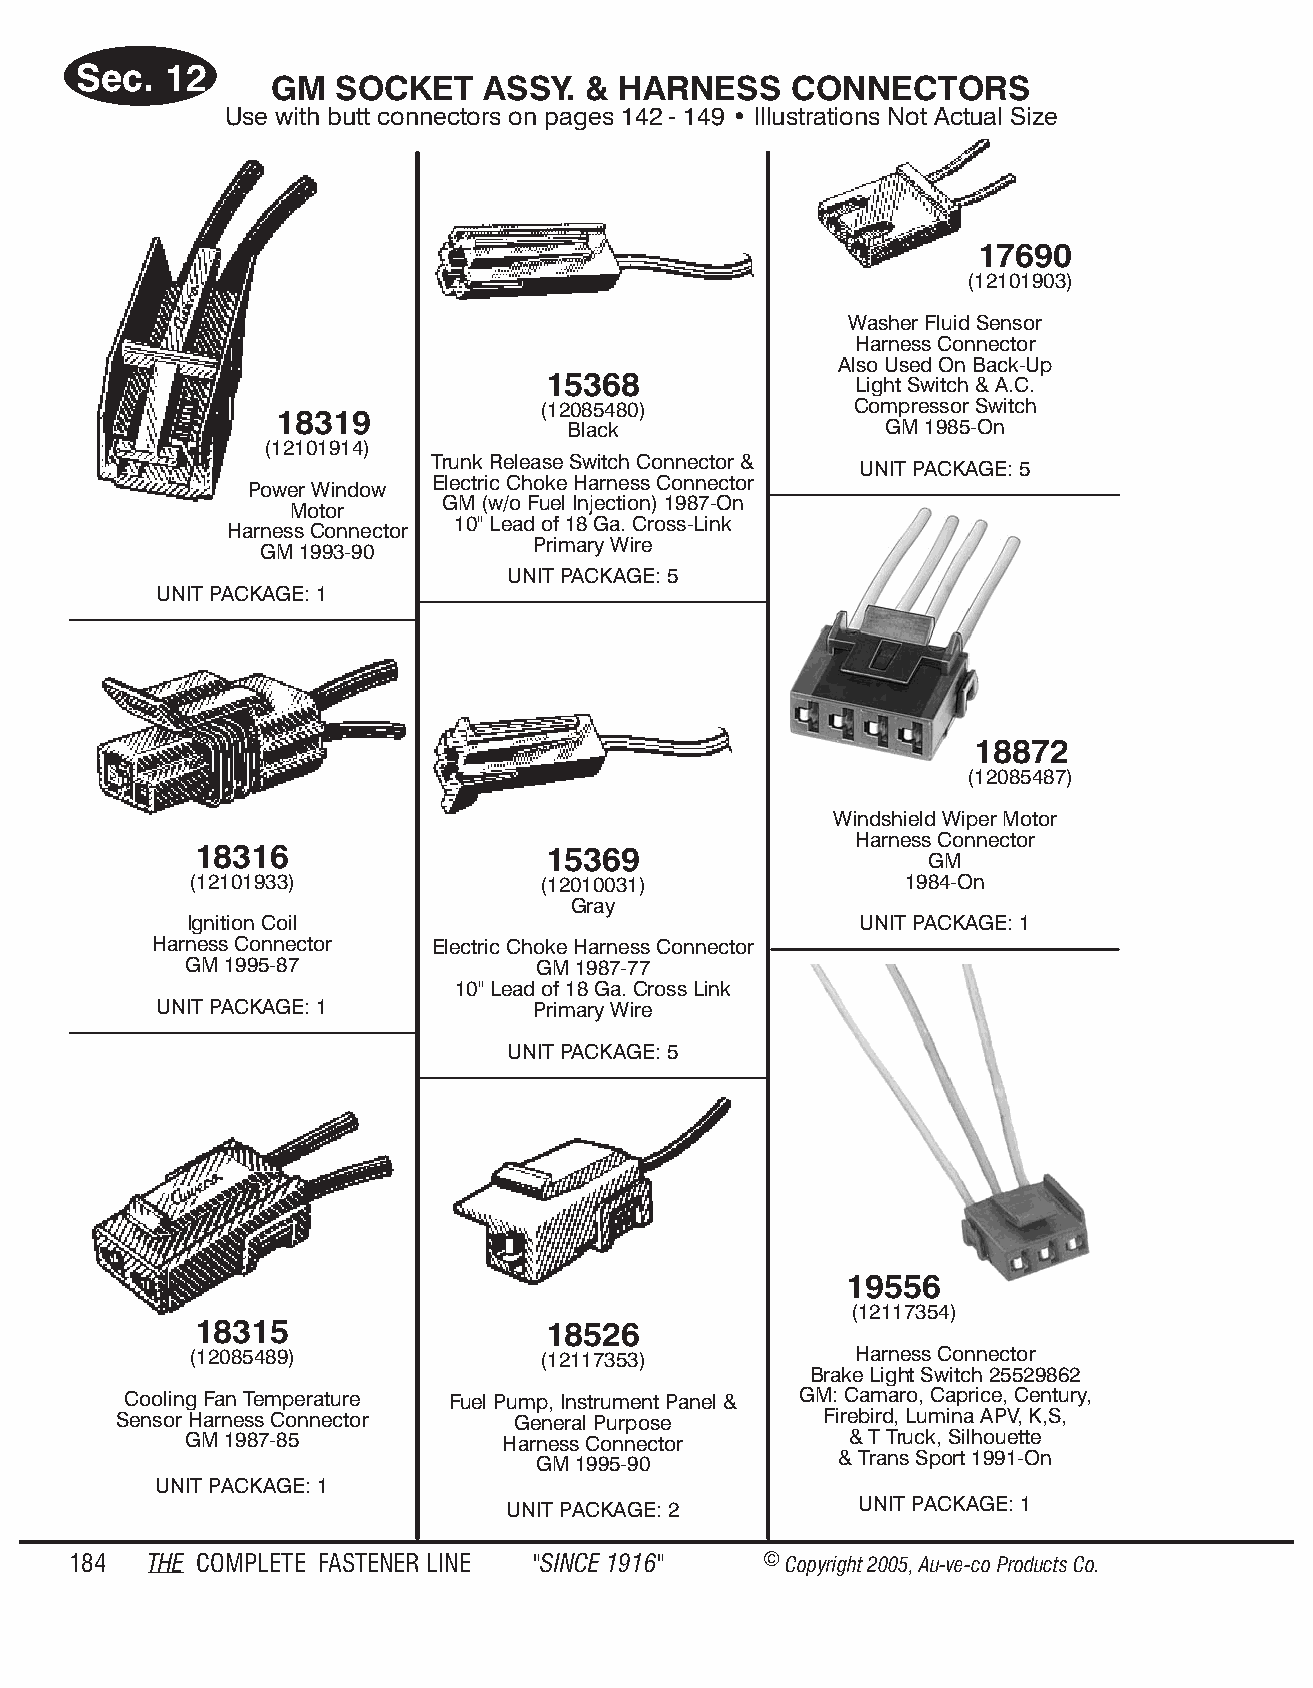
Sec.  12
 GM  SOCKET    ASSY.  & HARN   ESS  CONN  ECT  ORS
 Use with butt con nec tors on pages 142 - 149 • Il lus tra tions Not Ac tual Size
 17690
 (12101903)
 Washer Fluid Sensor
 Harness Connector
 Also Used On Back-Up
 15368                Light Switch & A.C.
 (12085480)           Compressor Switch
 18319
 Black                GM 1985-On
 (12101914)
 Trunk Release Switch Connector &
 UNIT PACKAGE: 5
 Electric Choke Harness Connector
 Power Wind ow
 GM (w/o Fuel Injection) 1987-On
 Mo tor
 10" Lead of 18 Ga. Cross-Link
 Har ness Con nec tor
 Primary Wire
 GM 1993-90
 UNIT PACKAGE: 5
 UNIT PACKAGE: 1
 18872
 (12085487)
 Windshield Wiper Motor
 Harness Connector
 18316                  15369
 GM
 (12101933)             (12010031)              1984-On
 Gray
 Ignition Coil                               UNIT PACKAGE: 1
 Harness Connector  Electric Choke Harness Connector
 GM 1995-87              GM 1987-77
 10" Lead of 18 Ga. Cross Link
 UNIT PACKAGE: 1          Primary Wire
 UNIT PACKAGE: 5
 19556
 (12117354)
 18315                  18526
 (12085489)             (12117353)           Harness Connector
 Brake Light Switch 25529862
 Cooling Fan Temperature Fuel Pump, Instrument Panel & GM: Camaro, Caprice, Century,
 Sensor Harness Connector  General Purpose      Firebird, Lumina APV, K,S,
 GM 1987-85           Harness Connector      & T Truck, Silhouette
 & Trans Sport 1991-On
 GM 1995-90
 UNIT PACKAGE: 1
 UNIT PACKAGE: 1
 UNIT PACKAGE: 2
 184  THE COM PLETE FAST ENER LINE "SINCE 1916" © Copyr ight 2005, Au-ve-co Produ cts Co.